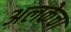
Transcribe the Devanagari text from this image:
अलकेचा